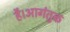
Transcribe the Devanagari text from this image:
है।आगंतुक